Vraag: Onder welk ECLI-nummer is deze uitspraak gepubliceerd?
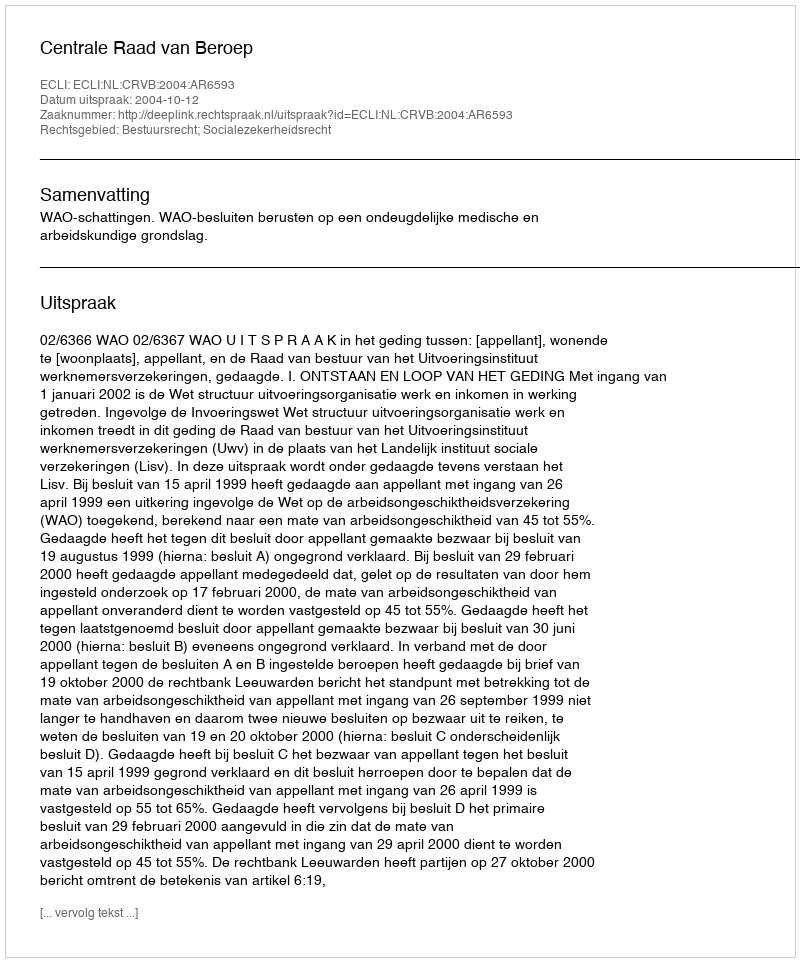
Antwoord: ECLI:NL:CRVB:2004:AR6593